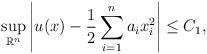
LaTeX: \begin{align*}\sup_{\mathbb{R}^n}\left|u(x)-\frac{1}{2}\sum_{i=1}^na_ix_i^2\right|\leq C_1,\end{align*}